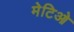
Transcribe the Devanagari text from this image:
मेटिओ